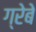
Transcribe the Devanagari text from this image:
ग्रेबे